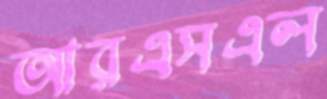
আরএসএল